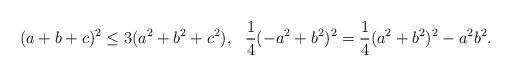
LaTeX: \begin{align*} (a + b + c) ^2 \leq 3(a^2 + b^2 + c^2),\,\,\,\,\frac{1}{4}(-a^2 + b^2)^2 = \frac{1}{4}(a^2 + b^2)^2 -a^2 b^2 .\end{align*}